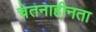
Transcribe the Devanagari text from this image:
चेतनाहीनता